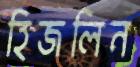
হিজলিন